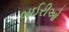
બઈરીઓ